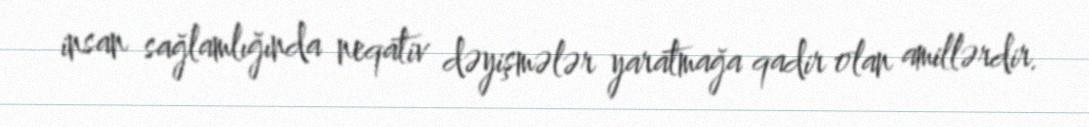
insan sağlamlığında neqativ dəyişmələr yaratmağa qadir olan amillərdir.